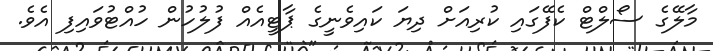
މާލޭގެ ސޯލްޓް ކެފޭގައި ކުރިއަށް ދިޔަ ކައިވެނީގެ ޕާޓީއެއް ފުލުހުން ހުއްޓުވައިފި އެވެ.